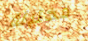
مختبئة